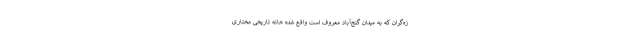
زه‌گران که به میدان گنج‌آباد معروف است واقع شده خانه تاریخی مختاری